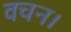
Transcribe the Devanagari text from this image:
वचन।